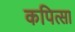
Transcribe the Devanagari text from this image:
कपित्सा